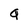
Character: g